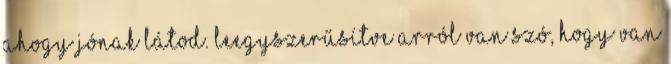
ahogy jónak látod. Leegyszerűsítve arról van szó, hogy van